Report of the Indian Hemp Drugs Commission, 1894-1895 - Volume VIII
Year: 1894
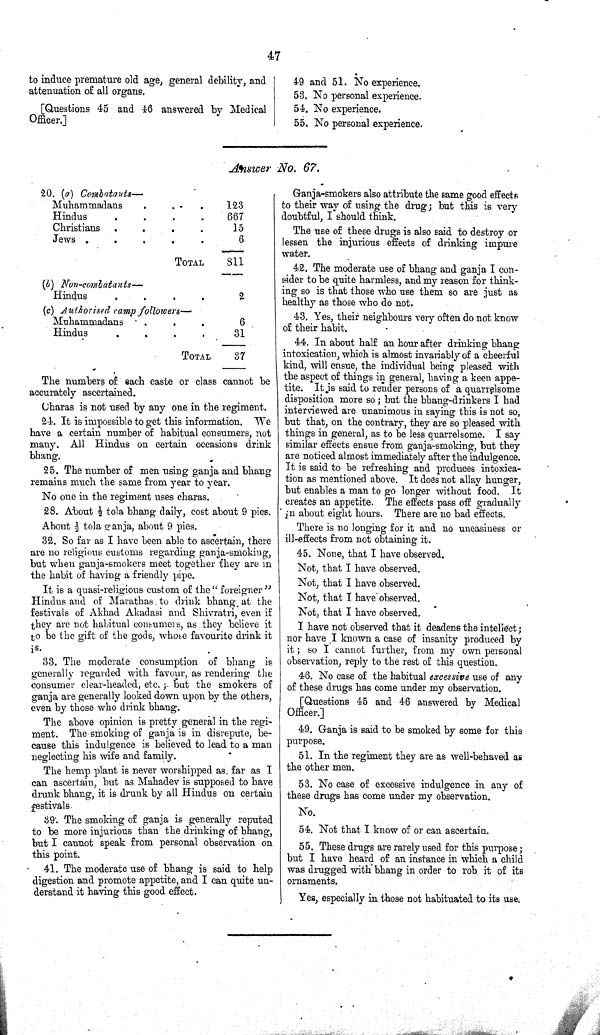
47
to induce premature old age, general debility, and
attenuation of all organs.
[Questions 45 and 46 answered by Medical
Officer.]
49 and 51. No experience.
53. No personal experience.
54. No experience.
55. No personal experience.
Answer No. 67.
20. (a)
Combatants-
Muhammadans
123
Hindus
667
Christians
15
Jews
6
TOTAL
811
(b) Non-combatants—
Hindus
2
(c) Authorised ramp followers—
Muhammadans
6
Hindus
31
TOTAL
37
The numbers of each caste or class cannot be
accurately ascertained.
Charas is not used by any one in the regiment.
24. It is impossible to get this information. We
have a certain number of habitual consumers, not
many. All Hindus on certain occasions drink
bhang.
25. The number of men using ganja and bhang
remains much the same from year to year.
No one in the regiment uses charas.
28. About 1/2 tola bhang daily, cost about 9 pies.
About 1/2 tola ganja, about 9 pies.
32. So far as I have been able to ascertain, there
are no religious customs regarding ganja-smoking,
but when ganja-smokers meet together they are in
the habit of having a friendly pipe.
It is a quasi-religious custom of the " foreigner"
Hindus and of Marathas to drink bhang at the
festivals of Akhad Akadasi and Shivratri, even if
they are not habitual consumers, as they believe it
to be the gift of the gods, whose favourite drink it
is.
33. The moderate consumption of bhang is
generally regarded with favour, as rendering the
consumer clear-headed, etc.; but the smokers of
ganja are generally looked down upon by the others,
even by those who drink bhang.
The above opinion is pretty general in the regi-
ment. The smoking of ganja is in disrepute, be-
cause this indulgence is believed to lead to a man
neglecting his wife and family.
The hemp plant is never worshipped as far as I
can ascertain, but as Mahadev is supposed to have
drunk bhang, it is drunk by all Hindus on certain
festivals.
39. The smoking of ganja is generally reputed
to be more injurious than the drinking of bhang,
but I cannot speak from personal observation on
this point.
41. The moderate use of bhang is said to help
digestion and promote appetite, and I can quite un-
derstand it having this good effect.
Ganja-smokers also attribute the same good effects
to their way of using the drug; but this is very
doubtful, I should think.
The use of these drugs is also said to destroy or
lessen the injurious effects of drinking impure
water.
42. The moderate use of bhang and ganja I con-
sider to be quite harmless, and my reason for think-
ing so is that those who use them so are just as
healthy as those who do not.
43. Yes, their neighbours very often do not know
of their habit.
44. In about half an hour after drinking bhang
intoxication, which is almost invariably of a cheerful
kind, will ensue, the individual being pleased with
the aspect of things in general, having a keen appe-
tite. It is said to render persons of a quarrelsome
disposition more so; but the bhang-drinkers I had
interviewed are unanimous in saying this is not so,
but that, on the contrary, they are so pleased with
things in general, as to be less quarrelsome. I say
similar effects ensue from ganja-smoking, but they
are noticed almost immediately after the indulgence.
It is said to be refreshing and produces intoxica-
tion as mentioned above. It does not allay hunger,
but enables a man to go longer without food. It
creates an appetite. The effects pass off gradually
in about eight hours. There are no bad effects.
There is no longing for it and no uneasiness or
ill-effects from not obtaining it.
45. None, that I have observed.
Not, that I have observed.
Not, that I have observed.
Not, that I have observed.
Not, that I have observed.
I have not observed that it deadens the intellect;
nor have I known a case of insanity produced by
it; so I cannot further, from my own personal
observation, reply to the rest of this question.
46. No case of the habitual excessive use of any
of these drugs has come under my observation.
[Questions 45 and 46 answered by Medical
Officer.]
49. Ganja is said to be smoked by some for this
purpose.
51. In the regiment they are as well-behaved as
the other men.
53. No case of excessive indulgence in any of
these drugs has come under my observation.
No.
54. Not that I know of or can ascertain.
55. These drugs are rarely used for this purpose;
but I have heard of an instance in which a child
was drugged with bhang in order to rob it of its
ornaments.
Yes, especially in those not habituated to its use.